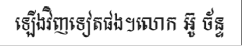
ឡើងវិញទៀតផង។លោក អ៊ូ ច័ន្ទ